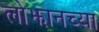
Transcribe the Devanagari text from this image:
लोझानच्या